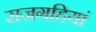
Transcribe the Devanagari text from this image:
राजगद्दियां